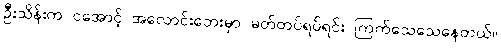
ဦးသိန်းက ငအောင့် အလောင်းဘေးမှာ မတ်တပ်ရပ်ရင်း ကြက်သေသေနေတယ်။